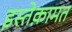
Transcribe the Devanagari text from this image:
इस्तेक़ामत